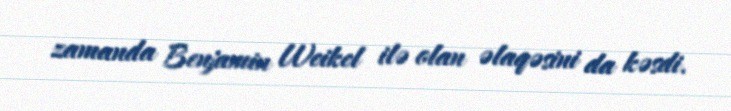
zamanda Benjamin Weikel ilə olan əlaqəsini da kəsdi.